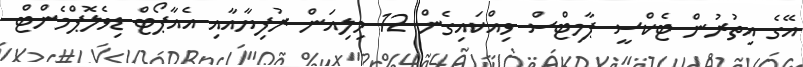
އޭގެ އިތުރުން ޓެކްސީ ޕާމިޓްސް ވިއްކައިގެން 12 މިލިއަން ރުފިޔާއާއި އެއާޕޯޓް ޑިވެލޮޕްމެންޓް